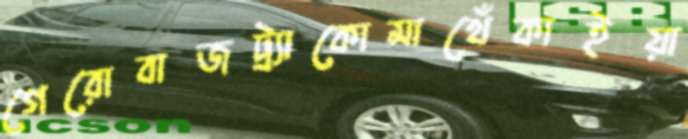
গেরোবাজট্র্যাকোমাখেঁকাইয়া